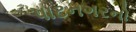
પાટનગરનો